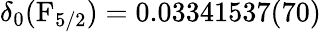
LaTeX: \delta_{0}(\mathrm{F}_{5/2})=0.03341537(70)